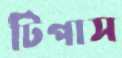
টিপাস